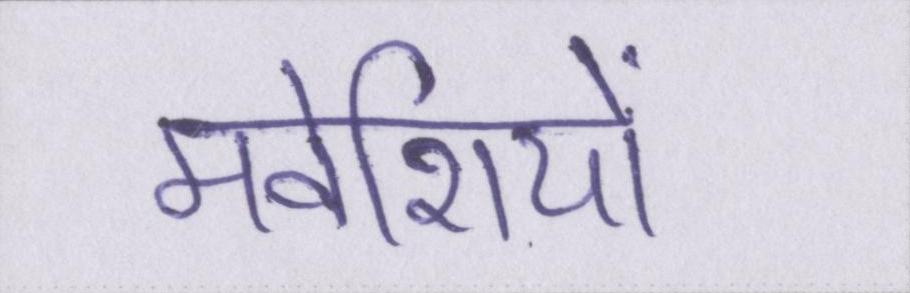
मवेशियों